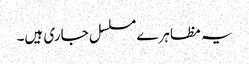
یہ مظاہرے مسلسل جاری ہیں۔